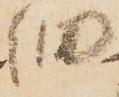
細